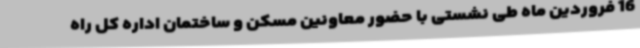
16 فروردین ماه طی نشستی با حضور معاونین مسکن و ساختمان اداره کل راه